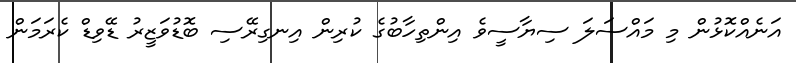
އަނެއްކޮޅުން މި މައްސަލަ ސިޔާސީވެ އިންތިހާބުގެ ކުރިން އިނގިރޭސި ބޮޑުވަޒީރު ޑޭވިޑް ކެރަމަން